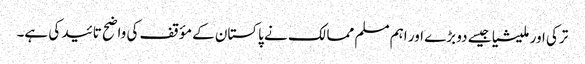
ترکی اور ملیشیا جیسے دو بڑے اور اہم مسلم ممالک نے پاکستان کے مؤقف کی واضح تائید کی ہے۔